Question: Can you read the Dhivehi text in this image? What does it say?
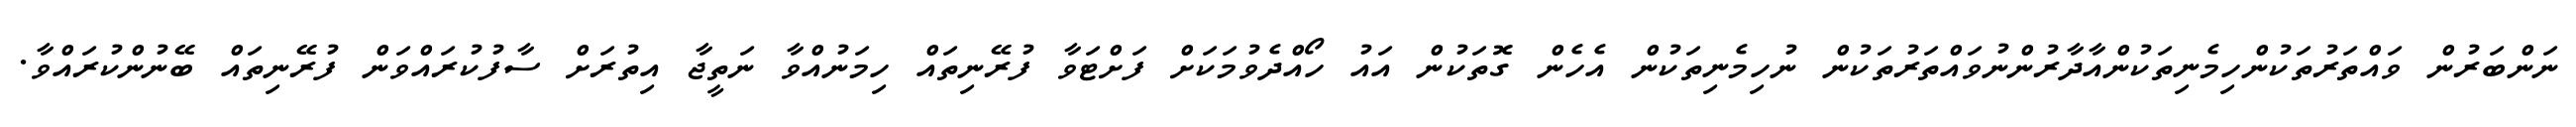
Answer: ނަންބަރުން ވައްތަރުތަކުންހިމެނިތަކުންއާދާރުންނުވައްތަރުތަކުން ނުހިމެނިތަކުން އެހެން ގޮތަކުން އައު ހޯއްދެވުމަކަށް ފަށްޓަވާ ފުރޭނިތައް ހިމަނުއްވާ ނަތީޖާ އިތުރަށް ސާފުކުރައްވަން ފުރޭނިތައް ބޭނުންކުރައްވާ.